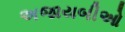
અજાયબીઓ